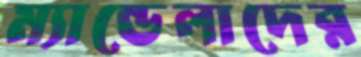
ম্যান্ডেলাদের